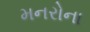
મનરોના